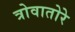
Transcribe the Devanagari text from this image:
त्रोवातोरे